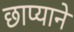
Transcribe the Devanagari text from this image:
छाप्याने